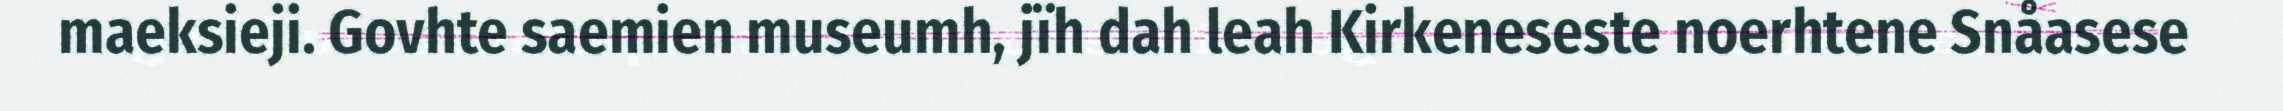
maeksieji. Govhte saemien museumh, jïh dah leah Kirkeneseste noerhtene Snåasese